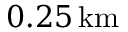
0 . 2 5 \, \mathrm { k m }